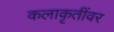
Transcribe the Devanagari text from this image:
कलाकृतींवर